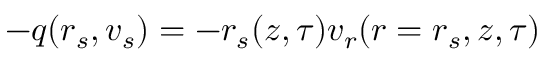
- q ( r _ { s } , v _ { s } ) = - r _ { s } ( z , \tau ) v _ { r } ( r = r _ { s } , z , \tau )